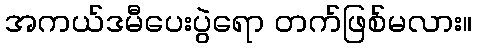
အကယ်ဒမီပေးပွဲရော တက်ဖြစ်မလား။